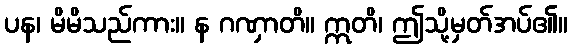
ပန၊ မိမိသည်ကား။ န ဂဏှာတိ။ ဣတိ၊ ဤသို့မှတ်အပ်၏။